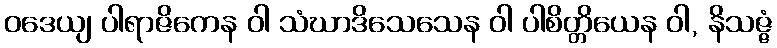
ဝဒေယျ ပါရာဇိကေန ဝါ သံဃာဒိသေသေန ဝါ ပါစိတ္တိယေန ဝါ, နိသဇ္ဇံ